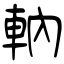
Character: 軜